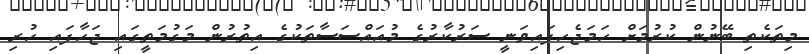
މިތަކެތި ބޭނުން ކުރުމަށް ހަމަޖެހިފައިވަނީ ސަރުކާރުގެ މުއައްސަސާތަކުގެ އިތުރުން މަގުމަތީގައި ޖަހާފައި ހުރި